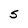
Character: S